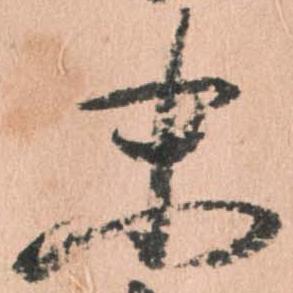
末